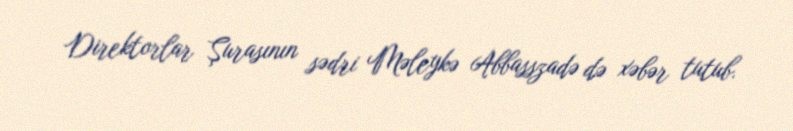
Direktorlar Şurasının sədri Məleykə Abbasszadə də xəbər tutub.